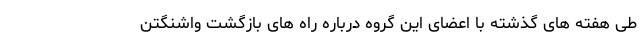
طی هفته های گذشته با اعضای این گروه درباره راه های بازگشت واشنگتن